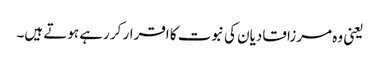
یعنی وہ مرزا قادیان کی نبوت کا اقرار کر رہے ہوتے ہیں۔